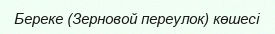
Береке (Зерновой переулок) көшесі